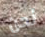
نحن